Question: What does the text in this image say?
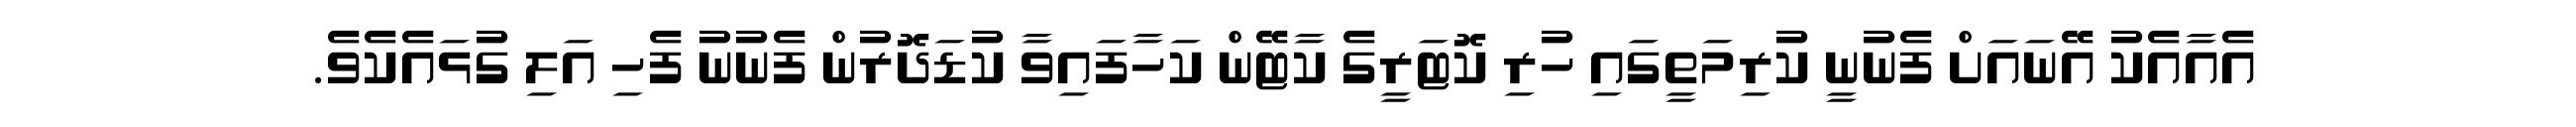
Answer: އެއާއެކު އޭނައަށް ފެނުނީ ކުރިމަތީގައި ހުރި ކޮޓަރީގެ ކާޓޭން ކަހާފައިވާ ކުޑަދޮރުން ފެނުނު ފެހި އަލި ގުޅައެކެވެ.